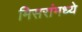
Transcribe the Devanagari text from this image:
मिसरांमध्ये